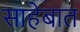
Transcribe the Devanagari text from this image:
साहेबात